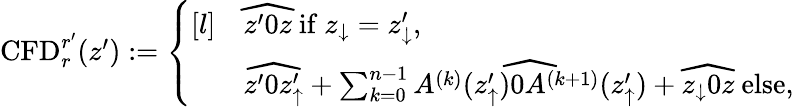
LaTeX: \begin{array}{r}{\mathrm{CFD}_{r}^{r^{\prime}}(z^{\prime}):=\left\{ \begin{array}{rl}{[l]}&{\widehat{z^{\prime}0z}\mathrm{~if~}z_{\downarrow}=z_{\downarrow}^{\prime},}\\ &{\widehat{z^{\prime}0z_{\uparrow}^{\prime}}+\sum_{k=0}^{n-1}\widehat{A^{(k)}(z_{\uparrow}^{\prime})0A^{(k+1)}(z_{\uparrow}^{\prime})}+\widehat{z_{\downarrow}0z}\mathrm{~else,}}\end{array}\right.}\end{array}